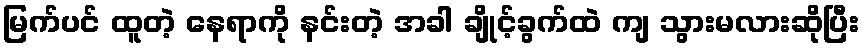
မြက်ပင် ထူတဲ့ နေရာကို နင်းတဲ့ အခါ ချိုင့်ခွက်ထဲ ကျ သွားမလားဆိုပြီး